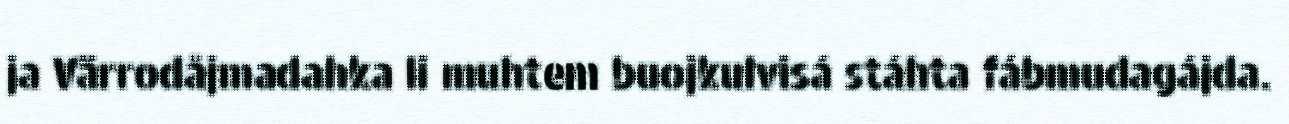
ja Värrodåjmadahka li muhtem buojkulvisá stáhta fábmudagájda.